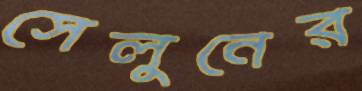
সেলুনের